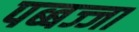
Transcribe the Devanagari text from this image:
पब्बज्जा